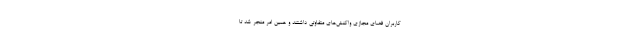
کاربران فضای مجازی واکنش‌های متفاوتی داشتند و همین امر منجر شد تا